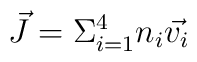
\vec{J}= \Sigma^{4}_{i=1}n_{i}\vec{v_{i}}